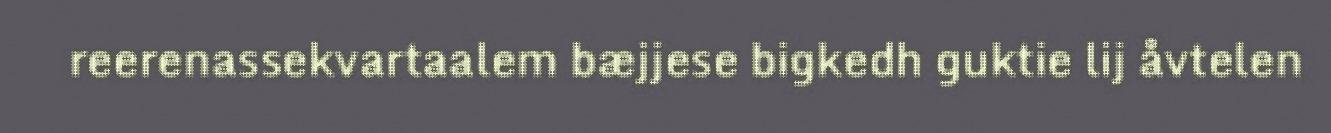
reerenassekvartaalem bæjjese bigkedh guktie lij åvtelen